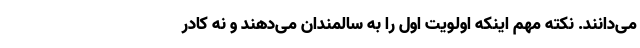
می‌دانند. نکته مهم اینکه اولویت اول را به سالمندان می‌دهند و نه کادر